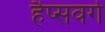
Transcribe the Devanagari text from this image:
हैप्सवर्ग